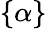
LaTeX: \{ \alpha\}